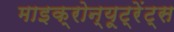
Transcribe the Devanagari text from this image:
माइक्रोन्यूट्रेंट्स